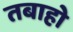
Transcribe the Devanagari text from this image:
तबाहो